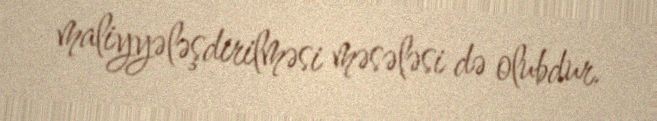
maliyyələşdirilməsi məsələsi də olubdur.